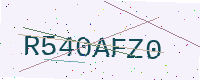
Text: R540AFZ0